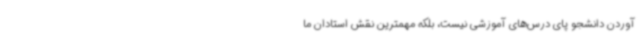
آوردن دانشجو پای درس‌های آموزشی نیست، بلکه مهمترین نقش استادان ما